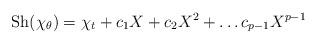
LaTeX: \begin{align*}\mathrm{Sh}(\chi_\theta) = \chi_t + c_1 X + c_2 X^2 + \dots c_{p-1}X^{p-1}\end{align*}